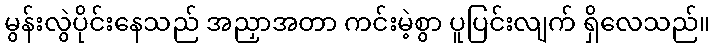
မွန်းလွဲပိုင်းနေသည် အညှာအတာ ကင်းမဲ့စွာ ပူပြင်းလျက် ရှိလေသည်။